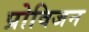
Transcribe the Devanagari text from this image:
प्रोविजन